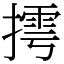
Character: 摴